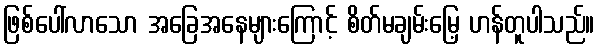
ဖြစ်ပေါ်လာသော အခြေအနေများကြောင့် စိတ်မချမ်းမြေ့ ဟန်တူပါသည်။